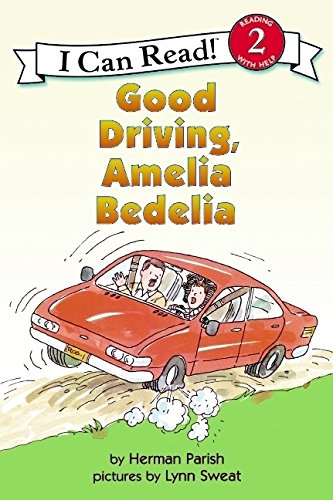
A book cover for Good Driving, Amelia Bedelia (Turtleback School & Library Binding Edition) (I Can Read Books: Level 2); Herman Parish; Humor & Entertainment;